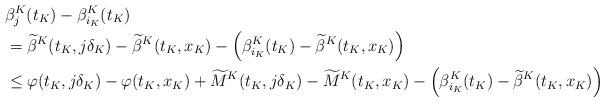
LaTeX: \begin{align*}\lefteqn{\beta_j^K(t_K)-\beta_{i_K}^K(t_K) }\\& =\widetilde{\beta}^K(t_K,j\delta_K)-\widetilde{\beta}^K(t_K,x_K)-\left(\beta_{i_K}^K(t_K)-\widetilde{\beta}^K(t_K,x_K)\right) \\ & \leq\varphi(t_K,j\delta_K)-\varphi(t_K,x_K)+\widetilde{M}^K(t_K,j\delta_K)-\widetilde{M}^K(t_K,x_K)-\left(\beta_{i_K}^K(t_K)-\widetilde{\beta}^K(t_K,x_K)\right)\end{align*}